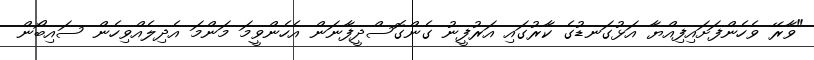
"ވާރޭ ވެހެންފަށައިފިއްޔާ އަޅުގަނޑުގެ ކާރުގައި އަރުފީނު ގެންގޮސްދީފާނަން އެހެންވީމަ މަންމަ އެދިލެއްވިހެން ސައިބޯން